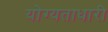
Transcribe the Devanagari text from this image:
योग्यताधारी